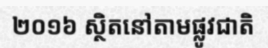
២០១៦ ស្ថិតនៅតាមផ្លូវជាតិ